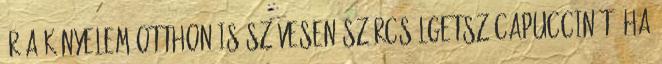
ér a kényelem Otthon is szívesen szürcsölgetsz capuccinót? Ha